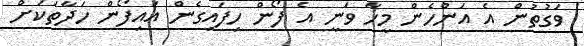
ވަގުތުން އެ އަންހެން މީހާ ވަނީ އެ ފޯން ހިފައިގެން އައިފޯން ހަދާތަކަށް